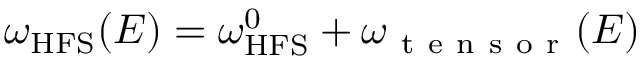
\omega _ { \mathrm { { H F S } } } ( E ) = \omega _ { \mathrm { { H F S } } } ^ { 0 } + \omega _ { \mathrm { ~ t ~ e ~ n ~ s ~ o ~ r ~ } } ( E )